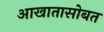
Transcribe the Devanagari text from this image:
आखातासोबत